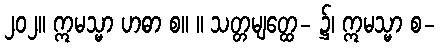
၂၀၂။ ဣမသ္မာ ဟဓာ စ။ ။ သတ္တမျတ္ထေ- ၌၊ ဣမသ္မာ စ-